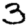
Digit: 3